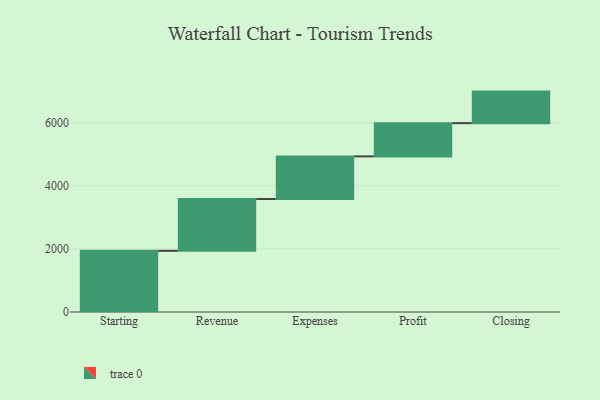
{"axis": {"x": "Step", "y": "Value"}, "legend": [""], "data": [{"x": "Starting", "y": 1939.0, "type": ""}, {"x": "Revenue", "y": 1643.0, "type": ""}, {"x": "Expenses", "y": 1350.0, "type": ""}, {"x": "Profit", "y": 1053.0, "type": ""}, {"x": "Closing", "y": 1000, "type": ""}]}